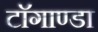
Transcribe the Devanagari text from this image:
टाॅगाण्डा